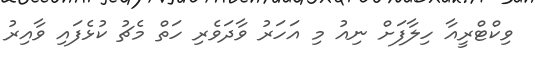
ވިކްޓްރީއާ ހިލާފަށް ނިއު މި އަހަރު ވާދަވެރި ހަތް މެޗު ކުޅެފައި ވާއިރު